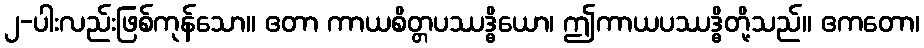
၂-ပါးလည်းဖြစ်ကုန်သော။ ဧတာ ကာယစိတ္တပဿဒ္ဓိယော၊ ဤကာယပဿဒ္ဓိတို့သည်။ ဧကတော၊